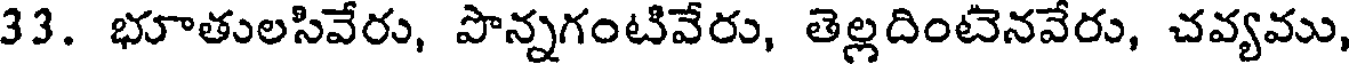
33. భూతులసివేరు, పొన్నగంటివేరు, తెల్లదింటెనవేరు, చవ్యము,